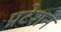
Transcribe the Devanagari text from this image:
प्रटेशन